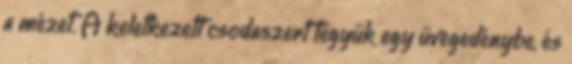
a mézet. A keletkezett csodaszert tegyük egy üvegedénybe, és